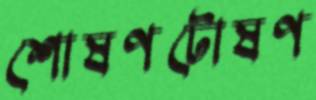
শোষণটোষণ